Civil Veterinary Department. United Provinces 1932-42 - 1932-1942
Year: 1932
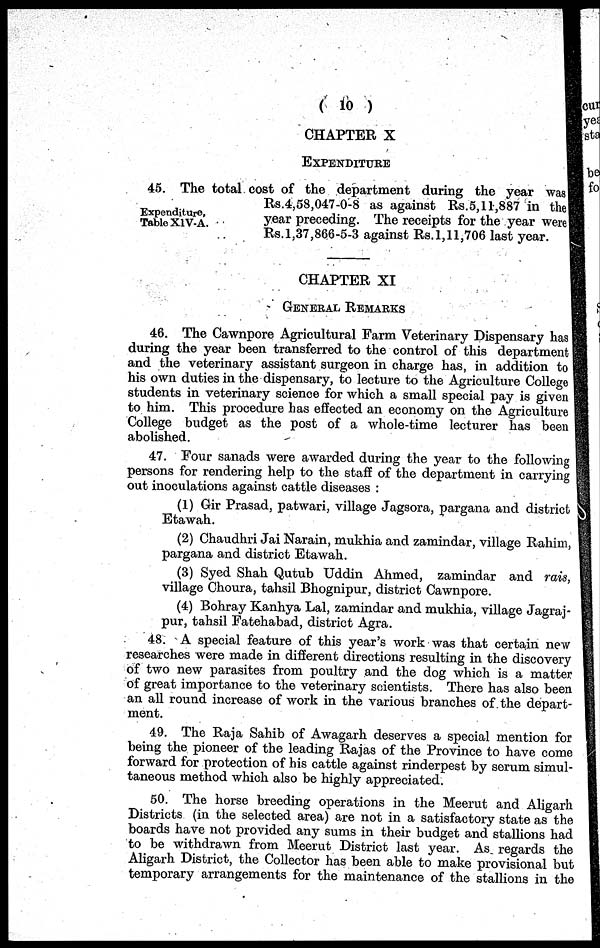
(10)
CHAPTER X
EXPENDITURE
Expenditure,
Table XIV-A.
45. The total cost of the department during the year was
Rs.4,58,047-0-8 as against Rs.5,11,887 in the
year preceding. The receipts for the year were
Rs. 1,37,866-5-3 against Rs. 1,11,706 last year.
CHAPTER XI
GENERAL REMARKS
46. The Cawnpore Agricultural Farm Veterinary Dispensary has
during the year been transferred to the control of this department
and the veterinary assistant surgeon in charge has, in addition to
his own duties in the dispensary, to lecture to the Agriculture College
students in veterinary science for which a small special pay is given
to him. This procedure has effected an economy on the Agriculture
College budget as the post of a whole-time lecturer has been
abolished.
47. Four sanads were awarded during the year to the following
persons for rendering help to the staff of the department in carrying
out inoculations against cattle diseases :
(1) Gir Prasad, patwari, village Jagsora, pargana and district
Etawah.
(2) Chaudhri Jai Narain, mukhia and zamindar, village Rahim,
pargana and district Etawah.
(3) Syed Shah Qutub Uddin Ahmed, zamindar and rais,
village Choura, tahsil Bhognipur, district Cawnpore.
(4) Bohray Kanhya Lal, zamindar and mukhia, village Jagraj-
pur, tahsil Fatehabad, district Agra.
48. A special feature of this year's work was that certain new
researches were made in different directions resulting in the discovery
of two new parasites from poultry and the dog which is a matter
of great importance to the veterinary scientists. There has also been
an all round increase of work in the various branches of the depart-
ment.
49. The Raja Sahib of Awagarh deserves a special mention for
being the pioneer of the leading Rajas of the Province to have come
forward for protection of his cattle against rinderpest by serum simul-
taneous method which also be highly appreciated.
50. The horse breeding operations in the Meerut and Aligarh
Districts (in the selected area) are not in a satisfactory state as the
boards have not provided any sums in their budget and stallions had
to be withdrawn from Meerut District last year. As. regards the
Aligarh District, the Collector has been able to make provisional but
temporary arrangements for the maintenance of the stallions in the